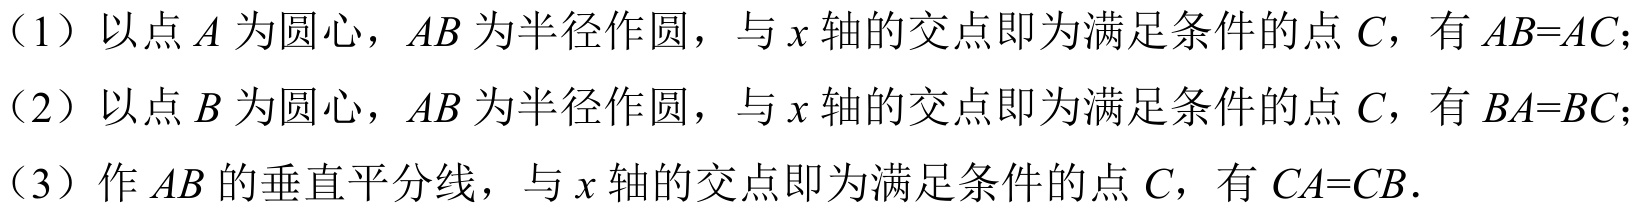
（1）以点 \(A\) 为圆心，\(AB\) 为半径作圆，与 \(x\) 轴的交点即为满足条件的点 \(C\)，有 \(AB = AC\)；
（2）以点 \(B\) 为圆心，\(AB\) 为半径作圆，与 \(x\) 轴的交点即为满足条件的点 \(C\)，有 \(BA = BC\)；
（3）作 \(AB\) 的垂直平分线，与 \(x\) 轴的交点即为满足条件的点 \(C\)，有 \(CA = CB\)．